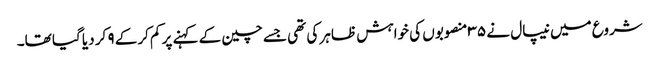
شروع میں نیپال نے ۳۵ منصوبوں کی خواہش ظاہر کی تھی جسے چین کے کہنے پر کم کرکے ۹ کر دیا گیا تھا۔